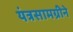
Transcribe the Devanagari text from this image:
यंत्रसामग्रीने